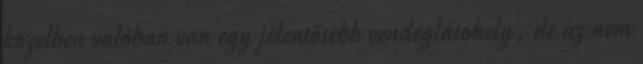
közelben valóban van egy jelentősebb vendéglátóhely, de az nem